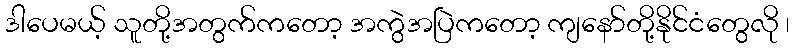
ဒါပေမယ့် သူတို့အတွက်ကတော့ အကွဲအပြဲကတော့ ကျနော်တို့နိုင်ငံတွေလို ၊